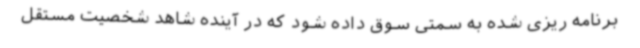
برنامه ریزی شده به سمتی سوق داده شود که در آینده شاهد شخصیت‌ مستقل